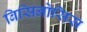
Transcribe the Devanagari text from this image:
बिसिनोसिस